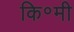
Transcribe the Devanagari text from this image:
कि॰मी